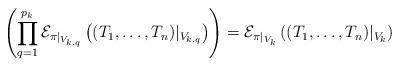
LaTeX: \begin{align*}\left(\prod^{p_k}_{q=1} \mathcal{E}_{\pi|_{V_{k,q}}}\left((T_1, \ldots, T_n)|_{V_{k,q}}\right)\right) = \mathcal{E}_{\pi|_{V_k}}\left((T_1, \ldots, T_n)|_{V_k}\right)\end{align*}